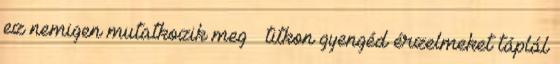
ez nemigen mutatkozik meg – titkon gyengéd érzelmeket táplál